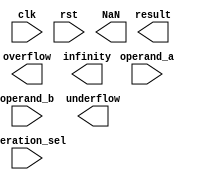
module TriplePrecisionFloatingPointUnit (
    input wire clk,
    input wire rst,
    input wire [2:0] operation_sel,
    input wire [255:0] operand_a,
    input wire [255:0] operand_b,
    output wire [255:0] result,
    output wire overflow,
    output wire underflow,
    output wire NaN,
    output wire infinity
);

// Define registers to store operands and results
reg [255:0] reg_operand_a;
reg [255:0] reg_operand_b;
reg [255:0] reg_result;

// Define internal signals for rounding and exceptions
reg overflow;
reg underflow;
reg NaN;
reg infinity;

// Logic for arithmetic operations
// ADD operation
always @ (posedge clk or posedge rst) begin
    if (rst) begin
        reg_result <= 256'b0;
    end else begin
        case (operation_sel)
            3'b000: reg_result <= reg_operand_a + reg_operand_b; // Addition
            3'b001: reg_result <= reg_operand_a - reg_operand_b; // Subtraction
            3'b010: reg_result <= reg_operand_a * reg_operand_b; // Multiplication
            3'b011: reg_result <= reg_operand_a / reg_operand_b; // Division
        endcase
    end
end

// logic to handle exceptions and rounding
// Code for handling rounding, overflow, underflow, NaN and infinity conditions

endmodule